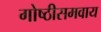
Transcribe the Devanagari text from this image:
गोष्ठीसमवाय